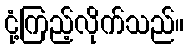
ငုံ့ကြည့်လိုက်သည်။